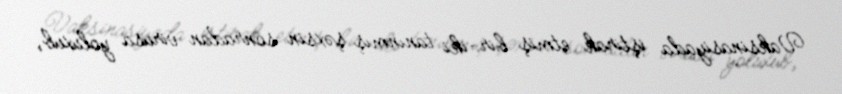
Vaksinasiyada iştirak etmiş bir-iki tanınmış şəxsin sonradan virusa yoluxub,